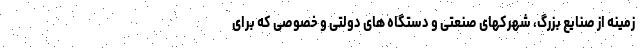
زمینه از صنایع بزرگ، شهرکهای صنعتی و دستگاه های دولتی و خصوصی که برای